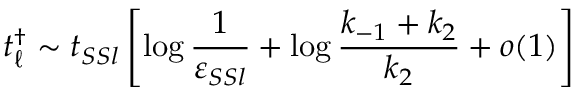
t _ { \ell } ^ { \dagger } \sim t _ { S S l } \left[ \log \frac { 1 } { \varepsilon _ { S S l } } + \log \frac { k _ { - 1 } + k _ { 2 } } { k _ { 2 } } + o ( 1 ) \right]